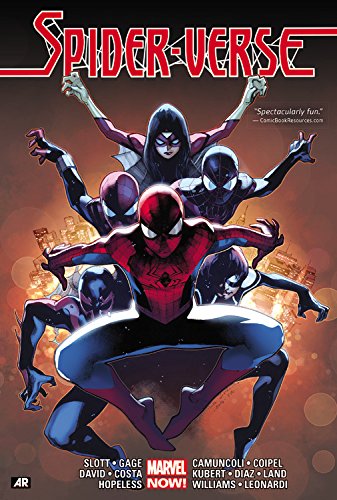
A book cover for Spider-Verse; Dan Slott; Comics & Graphic Novels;